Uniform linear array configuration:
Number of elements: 8
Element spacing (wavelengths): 0.5
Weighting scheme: hann
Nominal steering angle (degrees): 60
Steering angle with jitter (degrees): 58.685
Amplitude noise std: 0.05
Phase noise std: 0.05

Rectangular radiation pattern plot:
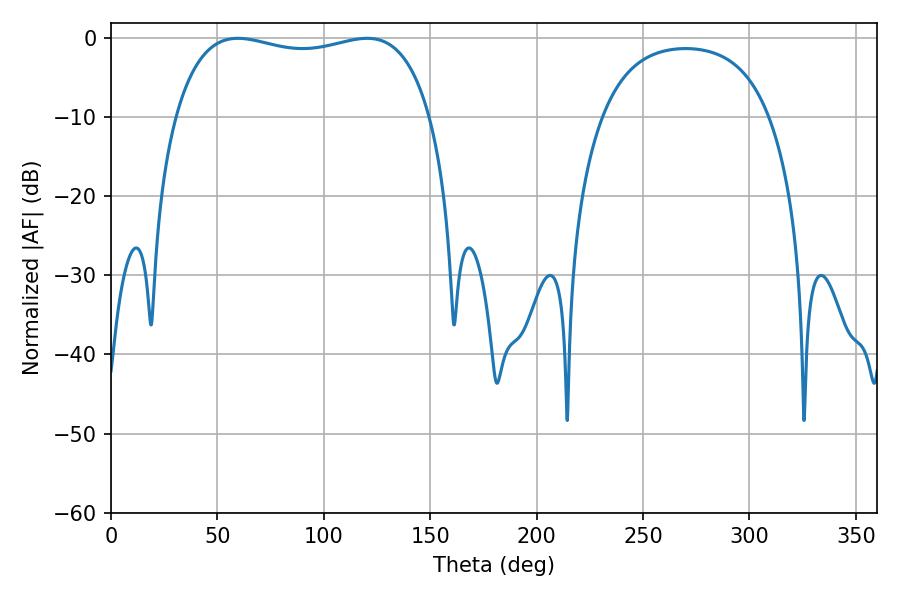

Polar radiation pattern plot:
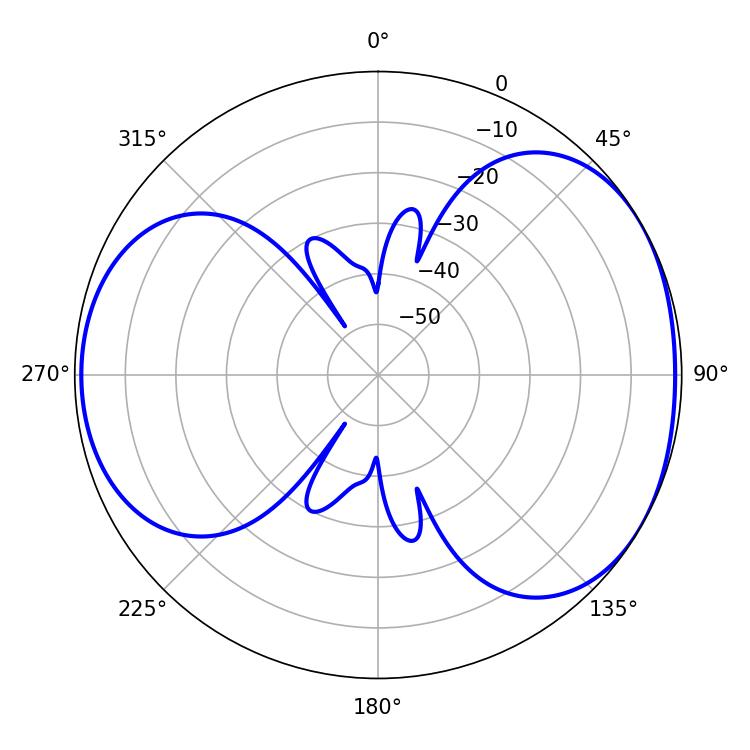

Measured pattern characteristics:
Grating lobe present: FALSE
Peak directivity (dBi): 4.6
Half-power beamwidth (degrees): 97.56
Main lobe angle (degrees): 59.58